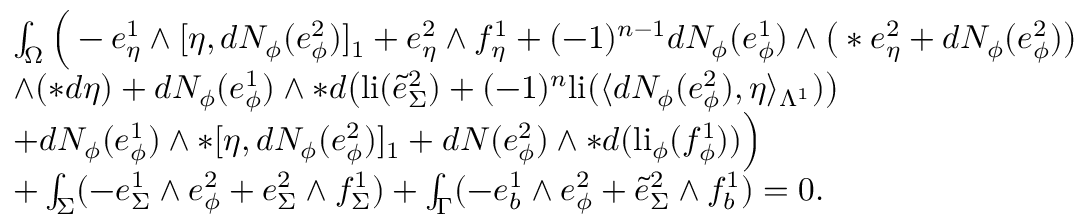
\begin{array} { r l } & { \int _ { \Omega } \Big ( - e _ { \eta } ^ { 1 } \wedge [ \eta , d N _ { \phi } ( e _ { \phi } ^ { 2 } ) ] _ { 1 } + e _ { \eta } ^ { 2 } \wedge f _ { \eta } ^ { 1 } + ( - 1 ) ^ { n - 1 } d N _ { \phi } ( e _ { \phi } ^ { 1 } ) \wedge \big ( \ast e _ { \eta } ^ { 2 } + d N _ { \phi } ( e _ { \phi } ^ { 2 } ) \big ) } \\ & { \wedge ( \ast d \eta ) + d N _ { \phi } ( e _ { \phi } ^ { 1 } ) \wedge \ast d \big ( \mathrm { l i } ( \tilde { e } _ { \Sigma } ^ { 2 } ) + ( - 1 ) ^ { n } \mathrm { l i } ( \langle d N _ { \phi } ( e _ { \phi } ^ { 2 } ) , \eta \rangle _ { \Lambda ^ { 1 } } ) \big ) } \\ & { + d N _ { \phi } ( e _ { \phi } ^ { 1 } ) \wedge \ast [ \eta , d N _ { \phi } ( e _ { \phi } ^ { 2 } ) ] _ { 1 } + d N ( e _ { \phi } ^ { 2 } ) \wedge \ast d ( \mathrm { l i } _ { \phi } ( f _ { \phi } ^ { 1 } ) ) \Big ) } \\ & { + \int _ { \Sigma } ( - e _ { \Sigma } ^ { 1 } \wedge e _ { \phi } ^ { 2 } + e _ { \Sigma } ^ { 2 } \wedge f _ { \Sigma } ^ { 1 } ) + \int _ { \Gamma } ( - e _ { b } ^ { 1 } \wedge e _ { \phi } ^ { 2 } + \tilde { e } _ { \Sigma } ^ { 2 } \wedge f _ { b } ^ { 1 } ) = 0 . } \end{array}